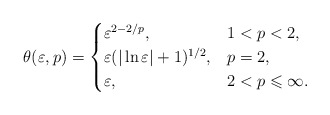
\begin{align*}\theta (\varepsilon ,p)=\begin{cases}\varepsilon ^{2-2/p}, &1<p<2 ,\\\varepsilon (\vert\ln \varepsilon \vert +1)^{1/2},&p=2 ,\\\varepsilon , &2<p\leqslant \infty .\end{cases}\end{align*}